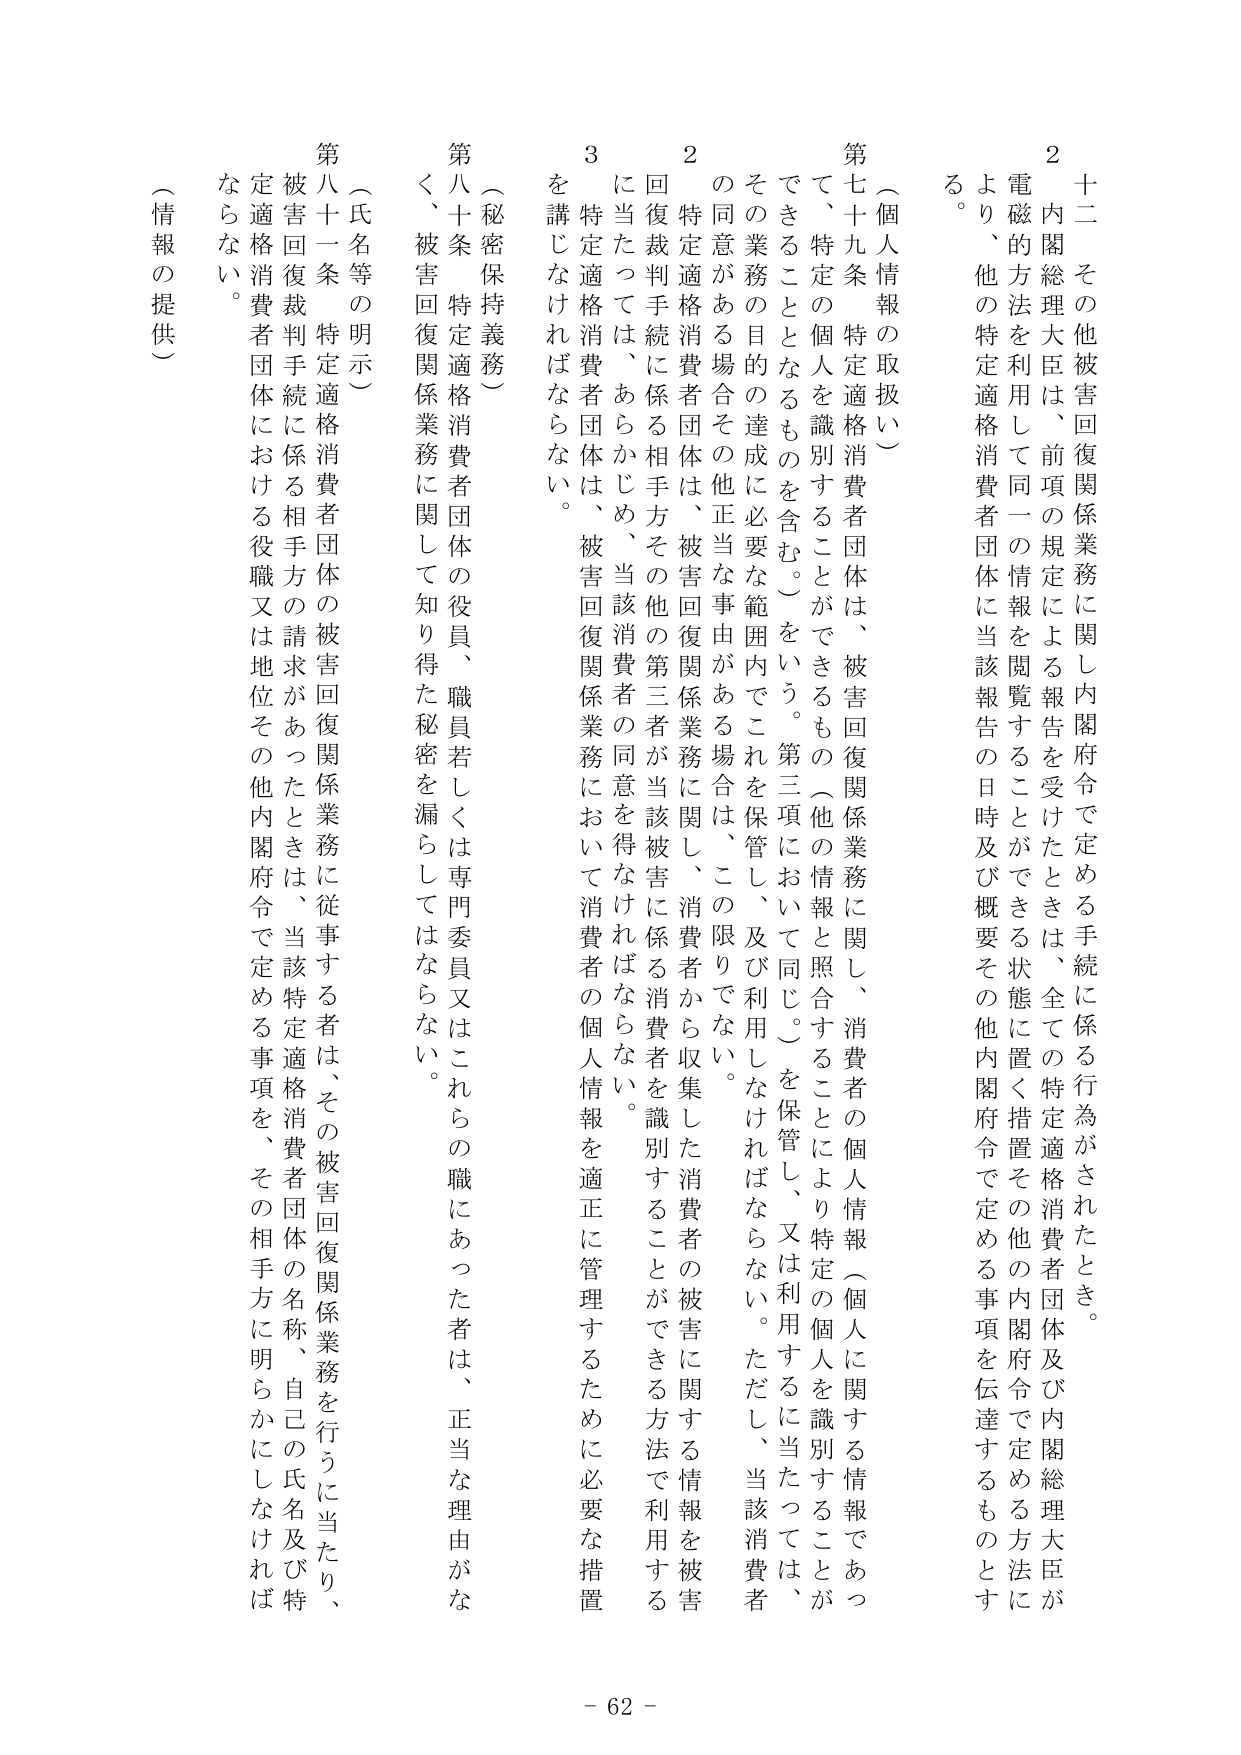
十二　その他被害回復関係業務に関し内閣府令で定める手続に係る行為がされたとき。

２　内閣総理大臣は、前項の規定による報告を受けたときは、全ての特定適格消費者団体及び内閣総理大臣が電磁的方法を利用して同一の情報を閲覧することができる状態に置く措置その他の内閣府令で定める方法により、他の特定適格消費者団体に当該報告の日時及び概要その他内閣府令で定める事項を伝達するものとする。

（個人情報の取扱い）

第七十九条　特定適格消費者団体は、被害回復関係業務に関し、消費者の個人情報（個人に関する情報であって、特定の個人を識別することができるもの（他の情報と照合することにより特定の個人を識別することができるものとなるものを含む。）をいう。第三項において同じ。）を保管し、又は利用するに当たっては、その業務の目的の達成に必要な範囲内でこれを保管し、及び利用しなければならない。ただし、当該消費者の同意がある場合その他正当な事由がある場合は、この限りでない。

２　特定適格消費者団体は、被害回復関係業務に関し、消費者から収集した消費者の被害に関する情報を被害回復裁判手続に係る相手方その他の第三者が当該被害に係る消費者を識別することができる方法で利用するに当たっては、あらかじめ、当該消費者の同意を得なければならない。

３　特定適格消費者団体は、被害回復関係業務において消費者の個人情報を適正に管理するために必要な措置を講じなければならない。

（秘密保持義務）

第八十条　特定適格消費者団体の役員、職員若しくは専門委員又はこれらの職にあった者は、正当な理由がなく、被害回復関係業務に関して知り得た秘密を漏らしてはならない。

（氏名等の明示）

第八十一条　特定適格消費者団体の被害回復関係業務に従事する者は、その被害回復関係業務を行うに当たり、被害回復裁判手続に係る相手方の請求があったときは、当該特定適格消費者団体の名称、自己の氏名及び特定適格消費者団体における役職又は地位その他内閣府令で定める事項を、その相手方に明らかにしなければならない。

（情報の提供）

- 62 -